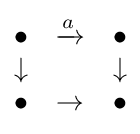
{\begin{matrix}\bullet &\xrightarrow {a} &\bullet \\\downarrow &&\downarrow \\\bullet &\to &\bullet \end{matrix}}